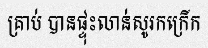
គ្រាប់ បានផ្ទុះលាន់សូរកក្រើក